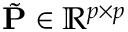
\tilde { \mathbf { P } } \in \mathbb { R } ^ { p \times p }